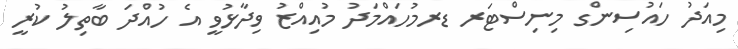
މިއަދު ހައުސިންގ މިނިސްޓަރ ޑރމުހައްމަދު މުއިއްޒު ވިދާޅުވީ އެ ހުއްދަ ބާތިލު ކުރީ